Civil Veterinary Department. United Provinces 1932-42 - 1932-1942
Year: 1932
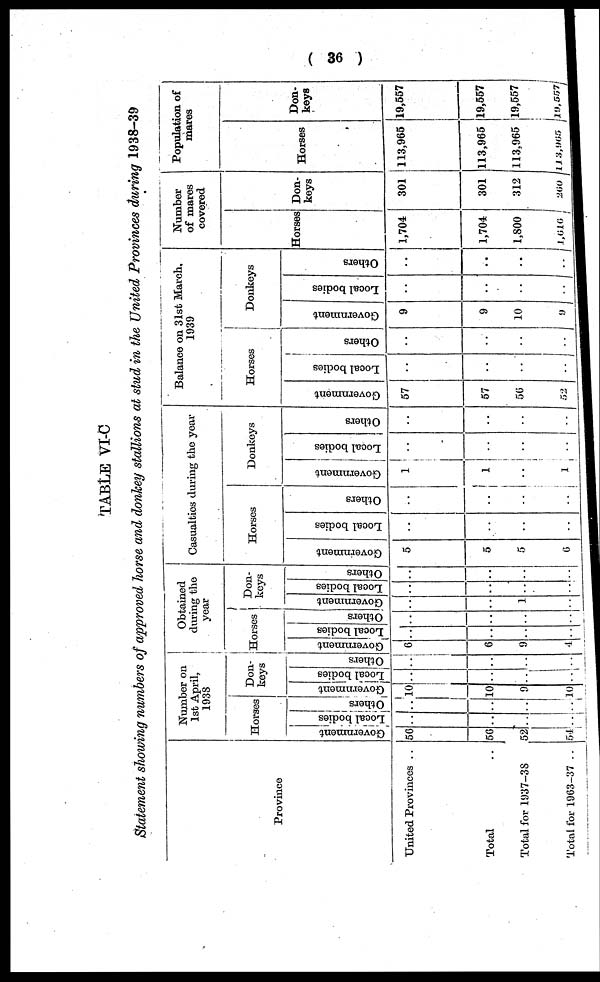
( 36 )
TABLE VI-C
Statement showing numbers of approved horse and donkey stallions at stud in the United Provinces during 1938-39
Province
United Provinces ..
Total ..
Total for 1937-38
Total for 1963-37 ..
Number on
1st April,
1938
Horses
Government
56
56
52
54
Local bodies
..
..
..
..
Others
..
..
..
..
Don-
keys
Government
..
10
9
10
Local bodies
..
..
..
..
Others
..
..
..
..
Obtained
during the
year
Horses
Government
..
6
9
4
Local bodies
..
..
..
..
Others
..
..
..
..
Don-
keys
Government
..
..
1
..
Local bodies
..
..
..
..
Others
..
..
..
..
Casualties during the year
Horses
Government
5
5
5
6
Local bodies
..
..
..
Others
..
.. ..
..
..
Donkeys
Government
1
1
..
1
Local bodies
..
..
..
..
Others
..
..
..
..
Balance on 31st March,
1939
Horses
Government
57
57
56
52
Local bodies
..
..
..
..
Others
..
..
..
..
Donkeys
Government
9
9
10
9
Local bodies
..
..
..
..
Others
..
..
..
..
Number
of mares
covered
Horses
1,704
1,704
1,800
1,616
Don-
keys
301
301
312
260
Population of
mares
Horses
113,965
113,965
113,965
113,965
Don-
keys
19,557
19,557
19,557
19,557